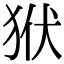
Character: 𤝯